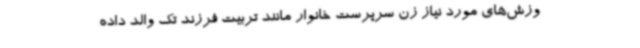
وزش‌های مورد نیاز زن سرپرست خانوار مانند تربیت فرزند تک والد داده